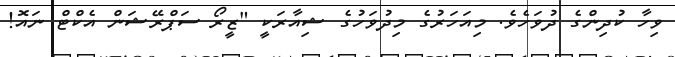
ވިހާ ކުދިންގެ ދުވަހެވެ. މިއަަހަރުގެ މިދުވަހުގެ ޝިއާރަކީ "ޒީރޯ ސަޕްރޭޝަން އެކްޓް ނައޮ!